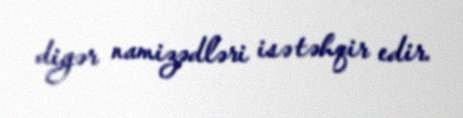
digər namizədləri isə təhqir edir.